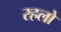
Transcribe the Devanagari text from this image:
रहलो